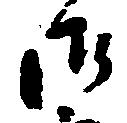
御